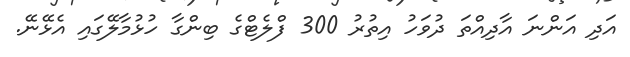
އަދި އަންނަ އާދިއްތަ ދުވަހު އިތުރު 300 ފްލެޓްގެ ބިންގާ ހުޅުމާލޭގައި އެޅޭނޭ.